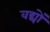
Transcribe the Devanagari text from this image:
वद्यों